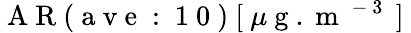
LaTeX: \mathrm{~A~R~(~a~v~e~:~1~0~)~[~}\mu\mathrm{~g~.~m~}^{\mathrm{~-~3~}}\mathrm{~]~}